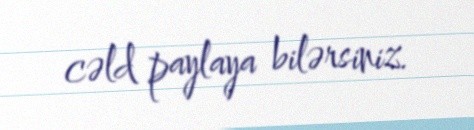
cəld paylaya bilərsiniz.